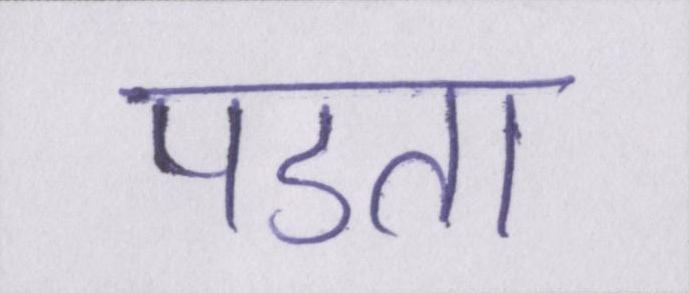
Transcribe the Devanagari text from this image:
पडता